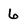
Character: 6